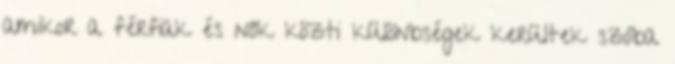
amikor a férfiak és nők közti különbségek kerültek szóba